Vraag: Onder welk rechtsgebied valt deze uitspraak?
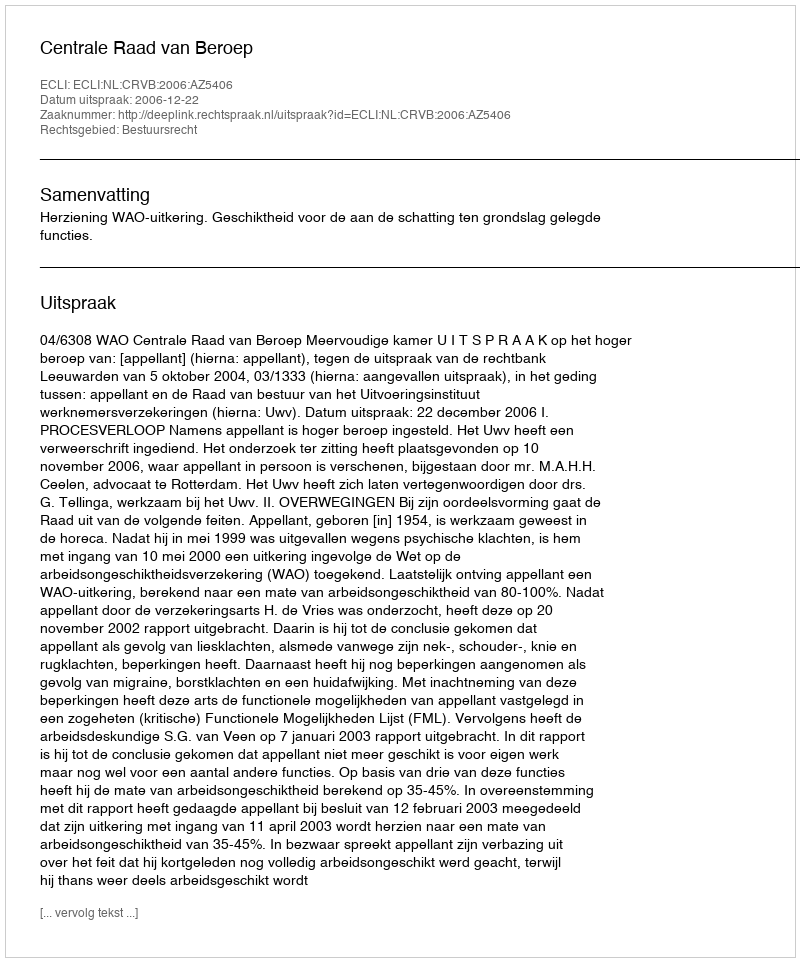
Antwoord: Bestuursrecht